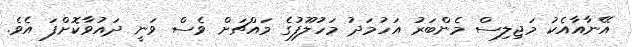
އޭނާއާއެކު މަޖިލިސް މެންބަރު އަހުމަދު މަހުލޫފުގެ މައްޗަށް ވެސް ވަނީ ދައުވާކޮށްފަ އެވެ.